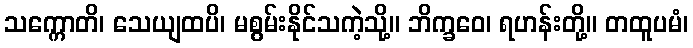
သက္ကောတိ၊ သေယျထပိ၊ မစွမ်းနိုင်သကဲ့သို့။ ဘိက္ခဝေ၊ ရဟန်းတို့။ တထူပမံ၊